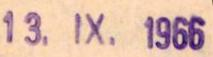
13. IX. 1966